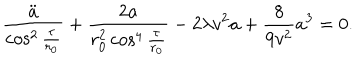
\frac { \ddot { a } } { \cos ^ { 2 } { \frac { \tau } { r _ { 0 } } } } + \frac { 2 a } { r _ { 0 } ^ { 2 } \cos ^ { 4 } { \frac { \tau } { r _ { 0 } } } } - 2 \lambda v ^ { 2 } a + \frac { 8 } { 9 v ^ { 2 } } a ^ { 3 } = 0 .